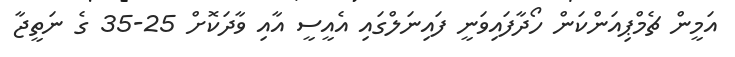
އަމީން ޗެމްޕިއަންކަން ހޯދާފައިވަނީ ފައިނަލްގައި އެއީސީ އާއި ވާދަކޮށް 25-35 ގެ ނަތީޖާ